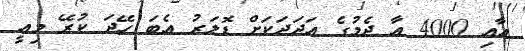
އާއި 4000 އާ ދެމުގެ އަދަދަކަށް ޑޮލަރު އެބަ ހޭދަ ކުރޭ މިއީ